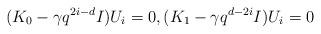
LaTeX: \begin{gather*}(K_0-\gamma q^{2i-d}I)U_i=0,(K_1-\gamma q^{d-2i}I)U_i=0\end{gather*}